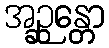
အဉ္ဆန္တော